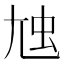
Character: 𡯥